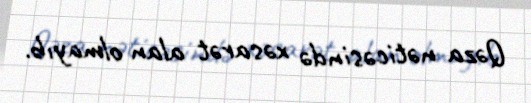
Qəza nəticəsində xəsarət alan olmayıb.